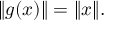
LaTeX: \| g ( x ) \| = \| x \| .